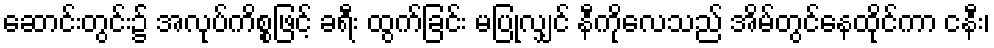
ဆောင်းတွင်း၌ အလုပ်ကိစ္စဖြင့် ခရီး ထွက်ခြင်း မပြုလျှင် နီကိုလေသည် အိမ်တွင်နေထိုင်ကာ ငနီး၊